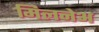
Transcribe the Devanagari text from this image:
मिलनेअ